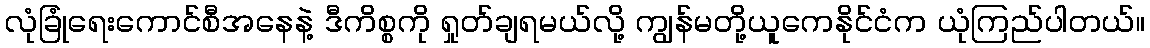
လုံခြုံရေးကောင်စီအနေနဲ့ ဒီကိစ္စကို ရှုတ်ချရမယ်လို့ ကျွန်မတို့ယူကေနိုင်ငံက ယုံကြည်ပါတယ်။